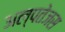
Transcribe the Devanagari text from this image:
अल्पतेजस